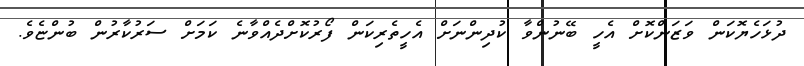
ދުޅަހެޔޮކަން ވަޒަންކޮށް އެހީ ބޭނުންވާ ކުދިންނަށް އެހީތެރިކަން ފޯރުކޮށްދެއްވާނެ ކަމަށް ސަރުކާރުން ބުންޏެވެ.